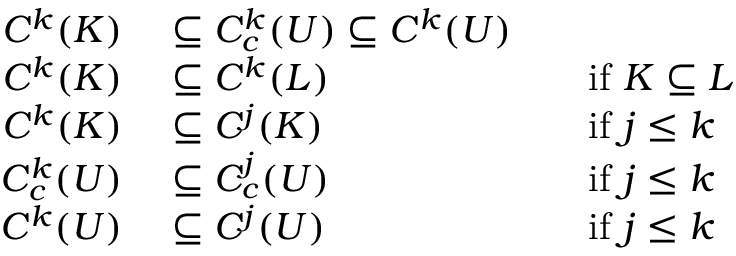
\begin{array} { r l r l } { C ^ { k } ( K ) } & { { } \subseteq C _ { c } ^ { k } ( U ) \subseteq C ^ { k } ( U ) } \\ { C ^ { k } ( K ) } & { { } \subseteq C ^ { k } ( L ) } & { } & { { } { \mathrm { i f ~ } } K \subseteq L } \\ { C ^ { k } ( K ) } & { { } \subseteq C ^ { j } ( K ) } & { } & { { } { \mathrm { i f ~ } } j \leq k } \\ { C _ { c } ^ { k } ( U ) } & { { } \subseteq C _ { c } ^ { j } ( U ) } & { } & { { } { \mathrm { i f ~ } } j \leq k } \\ { C ^ { k } ( U ) } & { { } \subseteq C ^ { j } ( U ) } & { } & { { } { \mathrm { i f ~ } } j \leq k } \end{array}